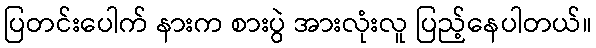
ပြတင်းပေါက် နားက စားပွဲ အားလုံးလူ ပြည့်နေပါတယ်။